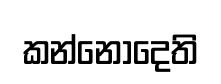
කන්නොදෙති